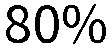
80%